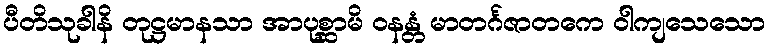
ပီတိသုခါနိ တုဋ္ဌမာနသာ အာပုစ္ဆာမိ ဝနန္တံ မာတင်္ဂဇာတကေ ဝါကျသေသော